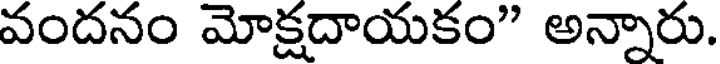
వందనం మోక్షదాయకం" అన్నారు.